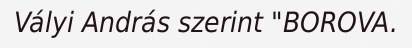
Vályi András szerint "BOROVA.